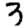
Digit: 3